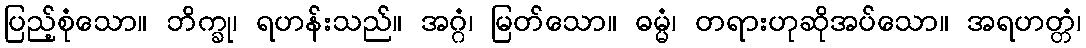
ပြည့်စုံသော။ ဘိက္ခု၊ ရဟန်းသည်။ အဂ္ဂံ၊ မြတ်သော။ ဓမ္မံ၊ တရားဟုဆိုအပ်သော။ အရဟတ္တံ၊